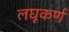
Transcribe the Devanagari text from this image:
लघूकर्ण